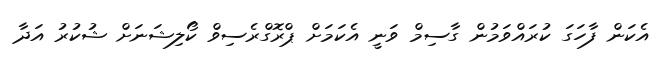
އެކަން ފާހަގަ ކުރައްވަމުން ގާސިމް ވަނީ އެކަމަށް ޕްރޮގްރެސިވް ކޯލިޝަނަށް ޝުކުރު އަދާ